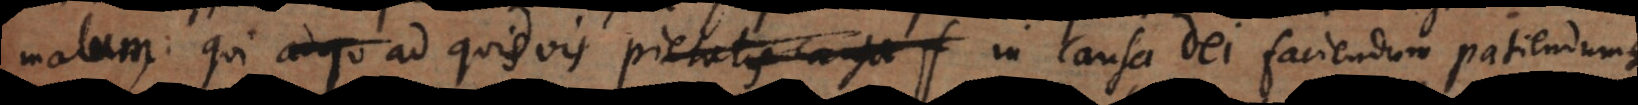
malum, qui ad quidvis pietatis causa f in causa Dei faciendum patiendumque